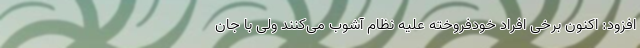
افزود: اکنون برخی افراد خودفروخته علیه نظام آشوب می‌کنند ولی با جان